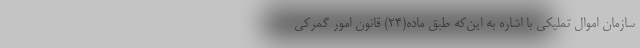
سازمان اموال تملیکی با اشاره به این‌که طبق ماده(۲۴) قانون امور گمرکی